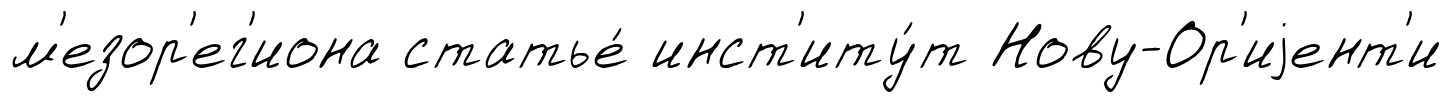
м'езор'ег'иона статье́ инст'иту́т Нову-Ор'иjент'и